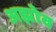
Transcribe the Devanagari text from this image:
अझोव